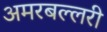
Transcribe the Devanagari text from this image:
अमरबल्लरी